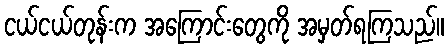
ငယ်ငယ်တုန်းက အကြောင်းတွေကို အမှတ်ရကြသည်။